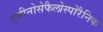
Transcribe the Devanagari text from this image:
एमीनोसेफैलोस्पोरैनिक